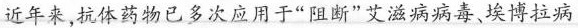
近年来，抗体药物已多次应用于”阻断”艾滋病病毒，埃博拉病